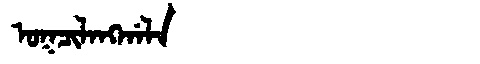
Manchu: ᠣᡴᠴᡳᠯᠠᠩᡤᠠᠯᠠ
Romanization: OKCILANGGALA